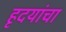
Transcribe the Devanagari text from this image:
हृदयांचा